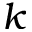
k